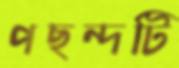
পছন্দটি